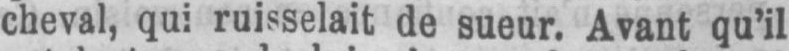
cheval, qui ruisselait de sueur. Avant qu’il